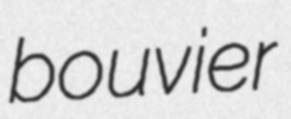
bouvier